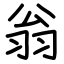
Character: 翁